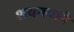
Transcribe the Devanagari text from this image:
शयनयाने